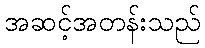
အဆင့်အတန်းသည်